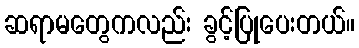
ဆရာမတွေကလည်း ခွင့်ပြုပေးတယ်။